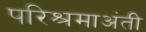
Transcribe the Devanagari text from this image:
परिश्रमाअंती